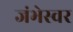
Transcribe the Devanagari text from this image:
जंभेस्वर